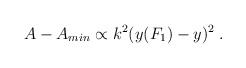
\begin{align*}A - A_{min} \propto k^2 (y(F_1) - y)^2 \; .\end{align*}